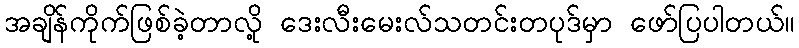
အချိန်ကိုက်ဖြစ်ခဲ့တာလို့ ဒေးလီးမေးလ်သတင်းတပုဒ်မှာ ဖော်ပြပါတယ်။